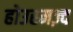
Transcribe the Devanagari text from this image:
होउरमज़्द